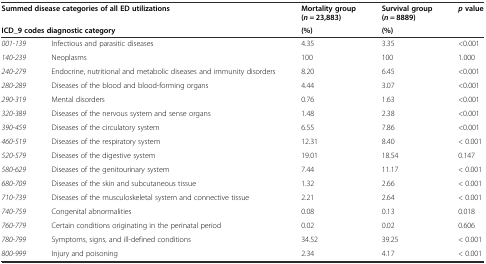
| <COLSPAN=2> Summed disease categories of all ED utilizations | Mortality group (n = 23,883) | Survival group (n = 8889) | pvalue |
 | <COLSPAN=2> ICD_9 codes diagnostic category | (%) | (%) |  |
 | --- | --- | --- | --- | --- |
 | 001-139 | Infectious and parasitic diseases | 4.35 | 3.35 | <0.001 |
 | 140-239 | Neoplasms | 100 | 100 | 1.000 |
 | 240-279 | Endocrine, nutritional and metabolic diseases and immunity disorders | 8.20 | 6.45 | <0.001 |
 | 280-289 | Diseases of the blood and blood-forming organs | 4.44 | 3.07 | <0.001 |
 | 290-319 | Mental disorders | 0.76 | 1.63 | <0.001 |
 | 320-389 | Diseases of the nervous system and sense organs | 1.48 | 2.38 | <0.001 |
 | 390-459 | Diseases of the circulatory system | 6.55 | 7.86 | <0.001 |
 | 460-519 | Diseases of the respiratory system | 12.31 | 8.40 | < 0.001 |
 | 520-579 | Diseases of the digestive system | 19.01 | 18.54 | 0.147 |
 | 580-629 | Diseases of the genitourinary system | 7.44 | 11.17 | < 0.001 |
 | 680-709 | Diseases of the skin and subcutaneous tissue | 1.32 | 2.66 | < 0.001 |
 | 710-739 | Diseases of the musculoskeletal system and connective tissue | 2.21 | 2.64 | < 0.001 |
 | 740-759 | Congenital abnormalities | 0.08 | 0.13 | 0.018 |
 | 760-779 | Certain conditions originating in the perinatal period | 0.02 | 0.02 | 0.606 |
 | 780-799 | Symptoms, signs, and ill-defined conditions | 34.52 | 39.25 | < 0.001 |
 | 800-999 | Injury and poisoning | 2.34 | 4.17 | < 0.001 |